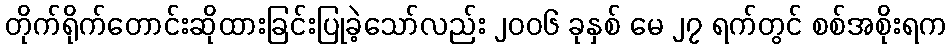
တိုက်ရိုက်တောင်းဆိုထားခြင်းပြုခဲ့သော်လည်း ၂၀၀၆ ခုနှစ် မေ ၂၇ ရက်တွင် စစ်အစိုးရက